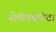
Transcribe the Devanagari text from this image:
सेमीपंकटेटा